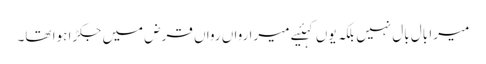
میرا بال بال نہیں بلکہ یوں کہئیے میرا رواں رواں قرض میں جکڑا ہوا تھا۔